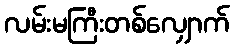
လမ်းမကြီးတစ်လျှောက်